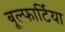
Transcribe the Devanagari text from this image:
बूल्फार्टिया